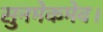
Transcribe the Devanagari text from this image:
सुनमेकमेव।